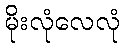
မိုးလုံလေလုံ